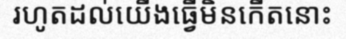
រហូតដល់យើងធ្វើមិនកើតនោះ